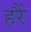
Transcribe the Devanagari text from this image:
हरैं